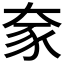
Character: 𫯦